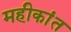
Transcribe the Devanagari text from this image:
महीकांत